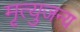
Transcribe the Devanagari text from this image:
मृत्युजन्य